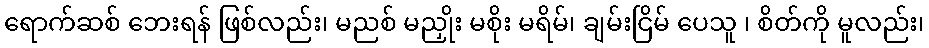
ရောက်ဆစ် ဘေးရန် ဖြစ်လည်း၊ မညစ် မညှိုး မစိုး မရိမ်၊ ချမ်းငြိမ် ပေသူ ၊ စိတ်ကို မူလည်း၊